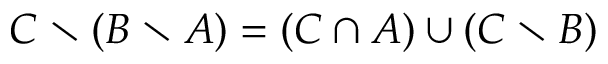
C \setminus ( B \setminus A ) = ( C \cap A ) \cup ( C \setminus B )